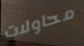
محاولات